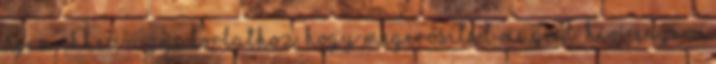
újra ehhez a gyakorlathoz, hogy megerősítsd magad. Hívj Engem,